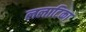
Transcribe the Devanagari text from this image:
ललाटिका